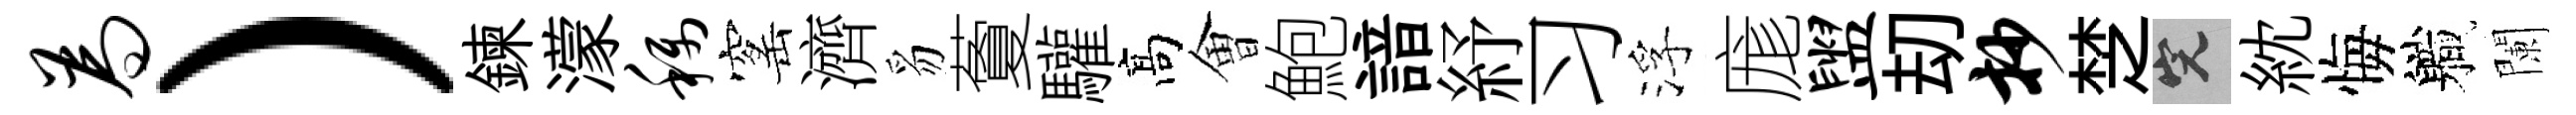
为）鍊濛称窰濟豸藑驩髙㑹鮑諳紓习浮庬盥刧抄椘完紞悔軄闌